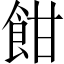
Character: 𩚵